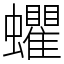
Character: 蠷